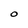
Character: 0